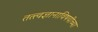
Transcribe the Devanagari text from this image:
तत्त्वज्ञानाविषयीच्या